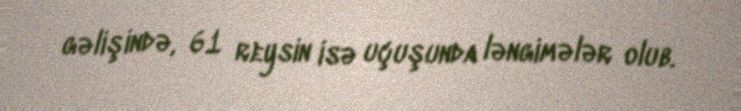
gəlişində, 61 reysin isə uçuşunda ləngimələr olub.